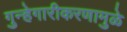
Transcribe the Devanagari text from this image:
गुन्हेगारीकरणामुळे